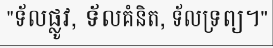
"ទ័លផ្លូវ, ទ័លគំនិត, ទ័លទ្រព្យ។"